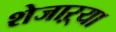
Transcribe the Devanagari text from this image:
शेजाऱ्या